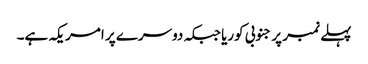
پہلے نمبر پر جنوبی کوریا جبکہ دوسرے پر امریکہ ہے۔